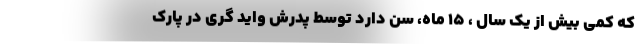
که کمی بیش از یک سال ، ۱۵ ماه، سن دارد توسط پدرش واید گری در پارک